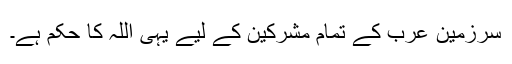
سرزمین عرب کے تمام مشرکین کے لیے یہی اللہ کا حکم ہے۔